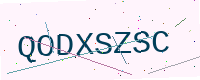
Text: QODXSZSC